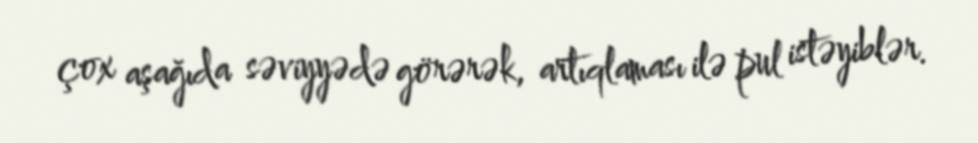
çox aşağıda səviyyədə görərək, artıqlaması ilə pul istəyiblər.